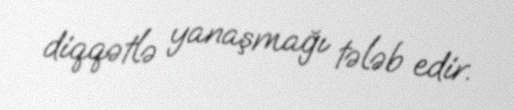
diqqətlə yanaşmağı tələb edir.